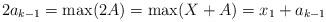
LaTeX: \begin{align*}2a_{k-1} = \max(2A) = \max(X+A) = x_1+a_{k-1}\end{align*}